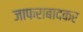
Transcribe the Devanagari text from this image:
जाफराबादकर